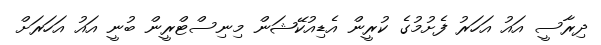
ދިރާސީ އައު އަހަރު ފެށުމުގެ ކުރީން އެޑިއުކޭޝަން މިނިސްޓްރީން ބުނީ އައު އަހަރަށް